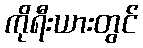
ကိုရီးယားတွင်